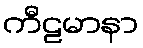
ကီဠမာနာ